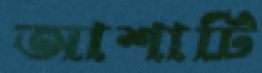
আশাটি